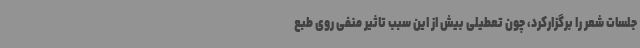
جلسات شعر را برگزارکرد، چون تعطیلی بیش از این سبب تاثیر منفی روی طبع